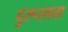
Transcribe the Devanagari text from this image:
दुरूस्तता